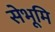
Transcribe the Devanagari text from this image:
सेभूमि